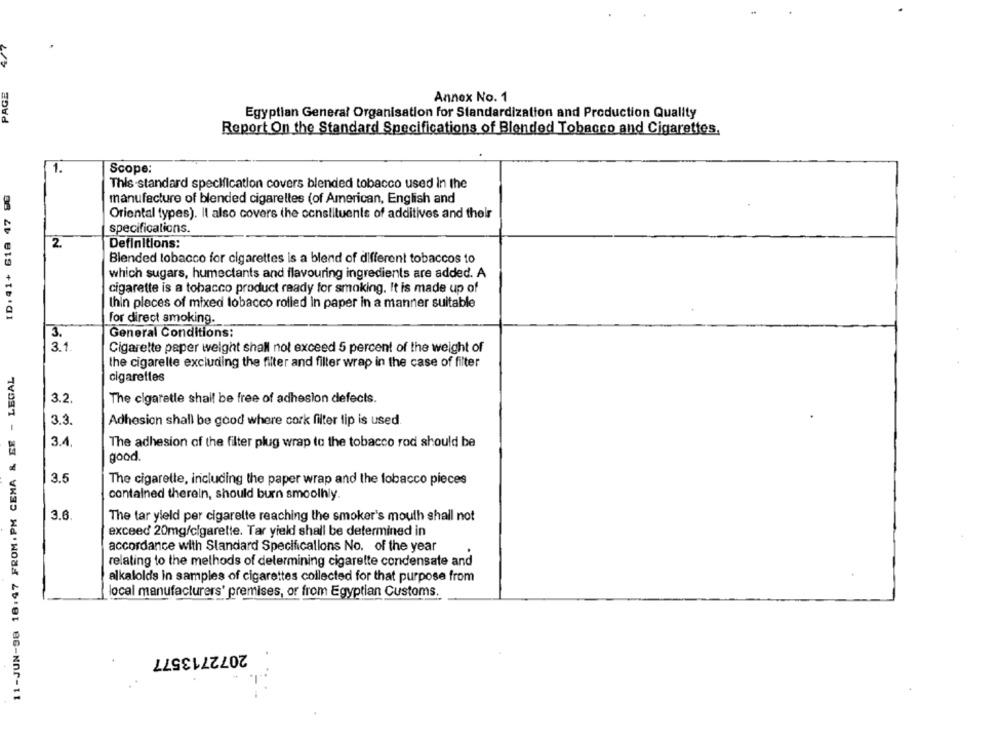
PAGE
Annex No. 1
Egyptian General Organisation for Standardization and Production Quality
Report On the Standard Specifications of Blended Tobacco and Cigarettes.
1.
Scope:
ID: 41+ 618 47 80
This-standard specification covers blended tobacco used In the
manufacture of blended cigarettes (of American, English and
Oriental types). Il also covers the constituents of additives and their
specifications.
2
Definitions:
Blended tobacco for cigarettes is a blend of different tobaccos to
which sugars, humectants and flavouring ingredients are added. A
cigarette is a tobacco product ready for smoking. It is made up of
Ihin pleces of mixed tobacco rolled In paper in a manner suitable
for direct smoking.
3.
General Conditions:
3.1.
Cigarette paper weight shall not exceed 5 percent of the weight of
the cigarelle excluding the filter and filter wrap in the case of filter
11-JUN-38 18:47 FROM. PM CEMA & EE - LEGAL
cigarettes
3.2.
The cigaretle shall be free of adhesion defects.
3.3
Adhesion shall be good where cork filter lip is used
3.4,
The adhesion of the filter plug wrap to the tobacco rod should be
good.
3.5
The cigarette, including the paper wrap and the tobacco pieces
contained therein, should burn smoothly.
3.6.
The tar yield per cigarette reaching the smoker's mouth shall not
exceed 20mg/cigarette. Tar yield shall be determined in
accordance with Standard Specificallons No. of the year
relating to the methods of determining cigarette condensate and
alkalolds in samples of cigarettes collected for that purpose from
local manufacturers' premises, or from Egyptian Customs.
2072713577